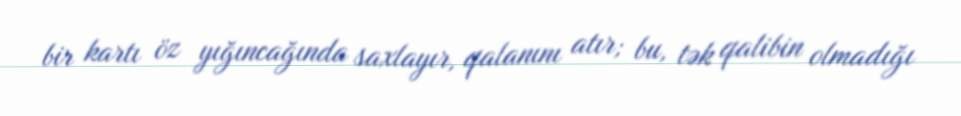
bir kartı öz yığıncağında saxlayır, qalanını atır; bu, tək qalibin olmadığı